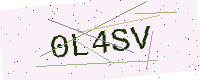
Text: 0L4SV